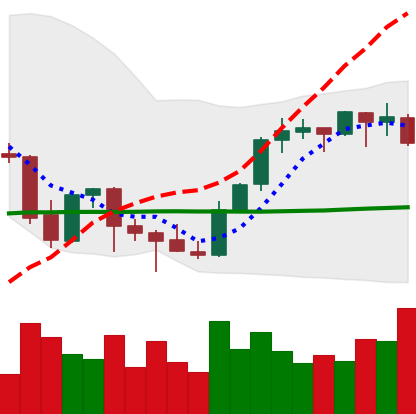
Ticker: BNB-USD
Chart end date: 2021-10-08
Forward return: 12.323%
Label: up_7plus